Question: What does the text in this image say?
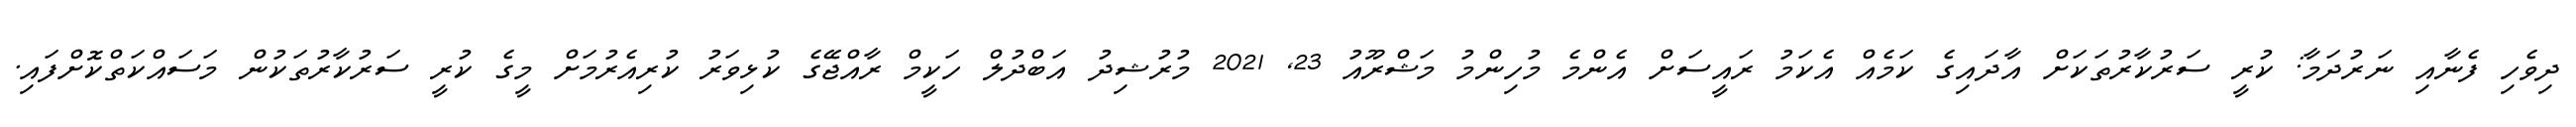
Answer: ދިވެހި ފެނާއި ނަރުދަމާ: ކުރީ ސަރުކާރުތަކަށް އާދައިގެ ކަމެއް އެކަމު ރައީސަށް އެންމެ މުހިންމު މަޝްރޫއު 23, 2021 މުރުޝިދު އަބްދުލް ހަކީމް ރާއްޖޭގެ ކުޅިވަރު ކުރިއެރުމަށް މީގެ ކުރީ ސަރުކާރުތަކުން މަސައްކަތްކޮށްފައި.